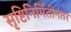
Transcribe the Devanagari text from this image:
सृष्टिनिर्मितीनंतर